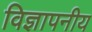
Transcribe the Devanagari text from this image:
विज्ञापनीय